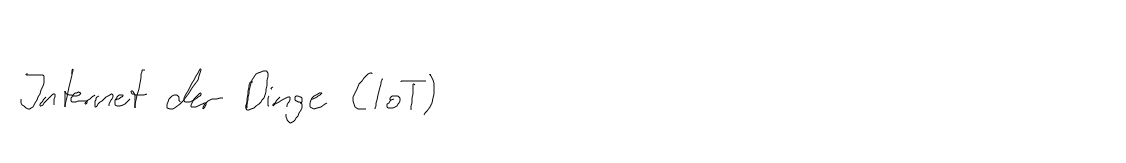
Internet der Dinge (IoT)